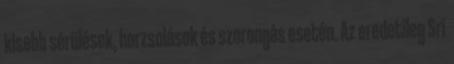
kisebb sérülések, horzsolások és szorongás esetén. Az eredetileg Srí